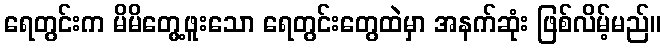
ရေတွင်းက မိမိတွေ့ဖူးသော ရေတွင်းတွေထဲမှာ အနက်ဆုံး ဖြစ်လိမ့်မည်။